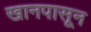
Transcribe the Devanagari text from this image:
खानपासून